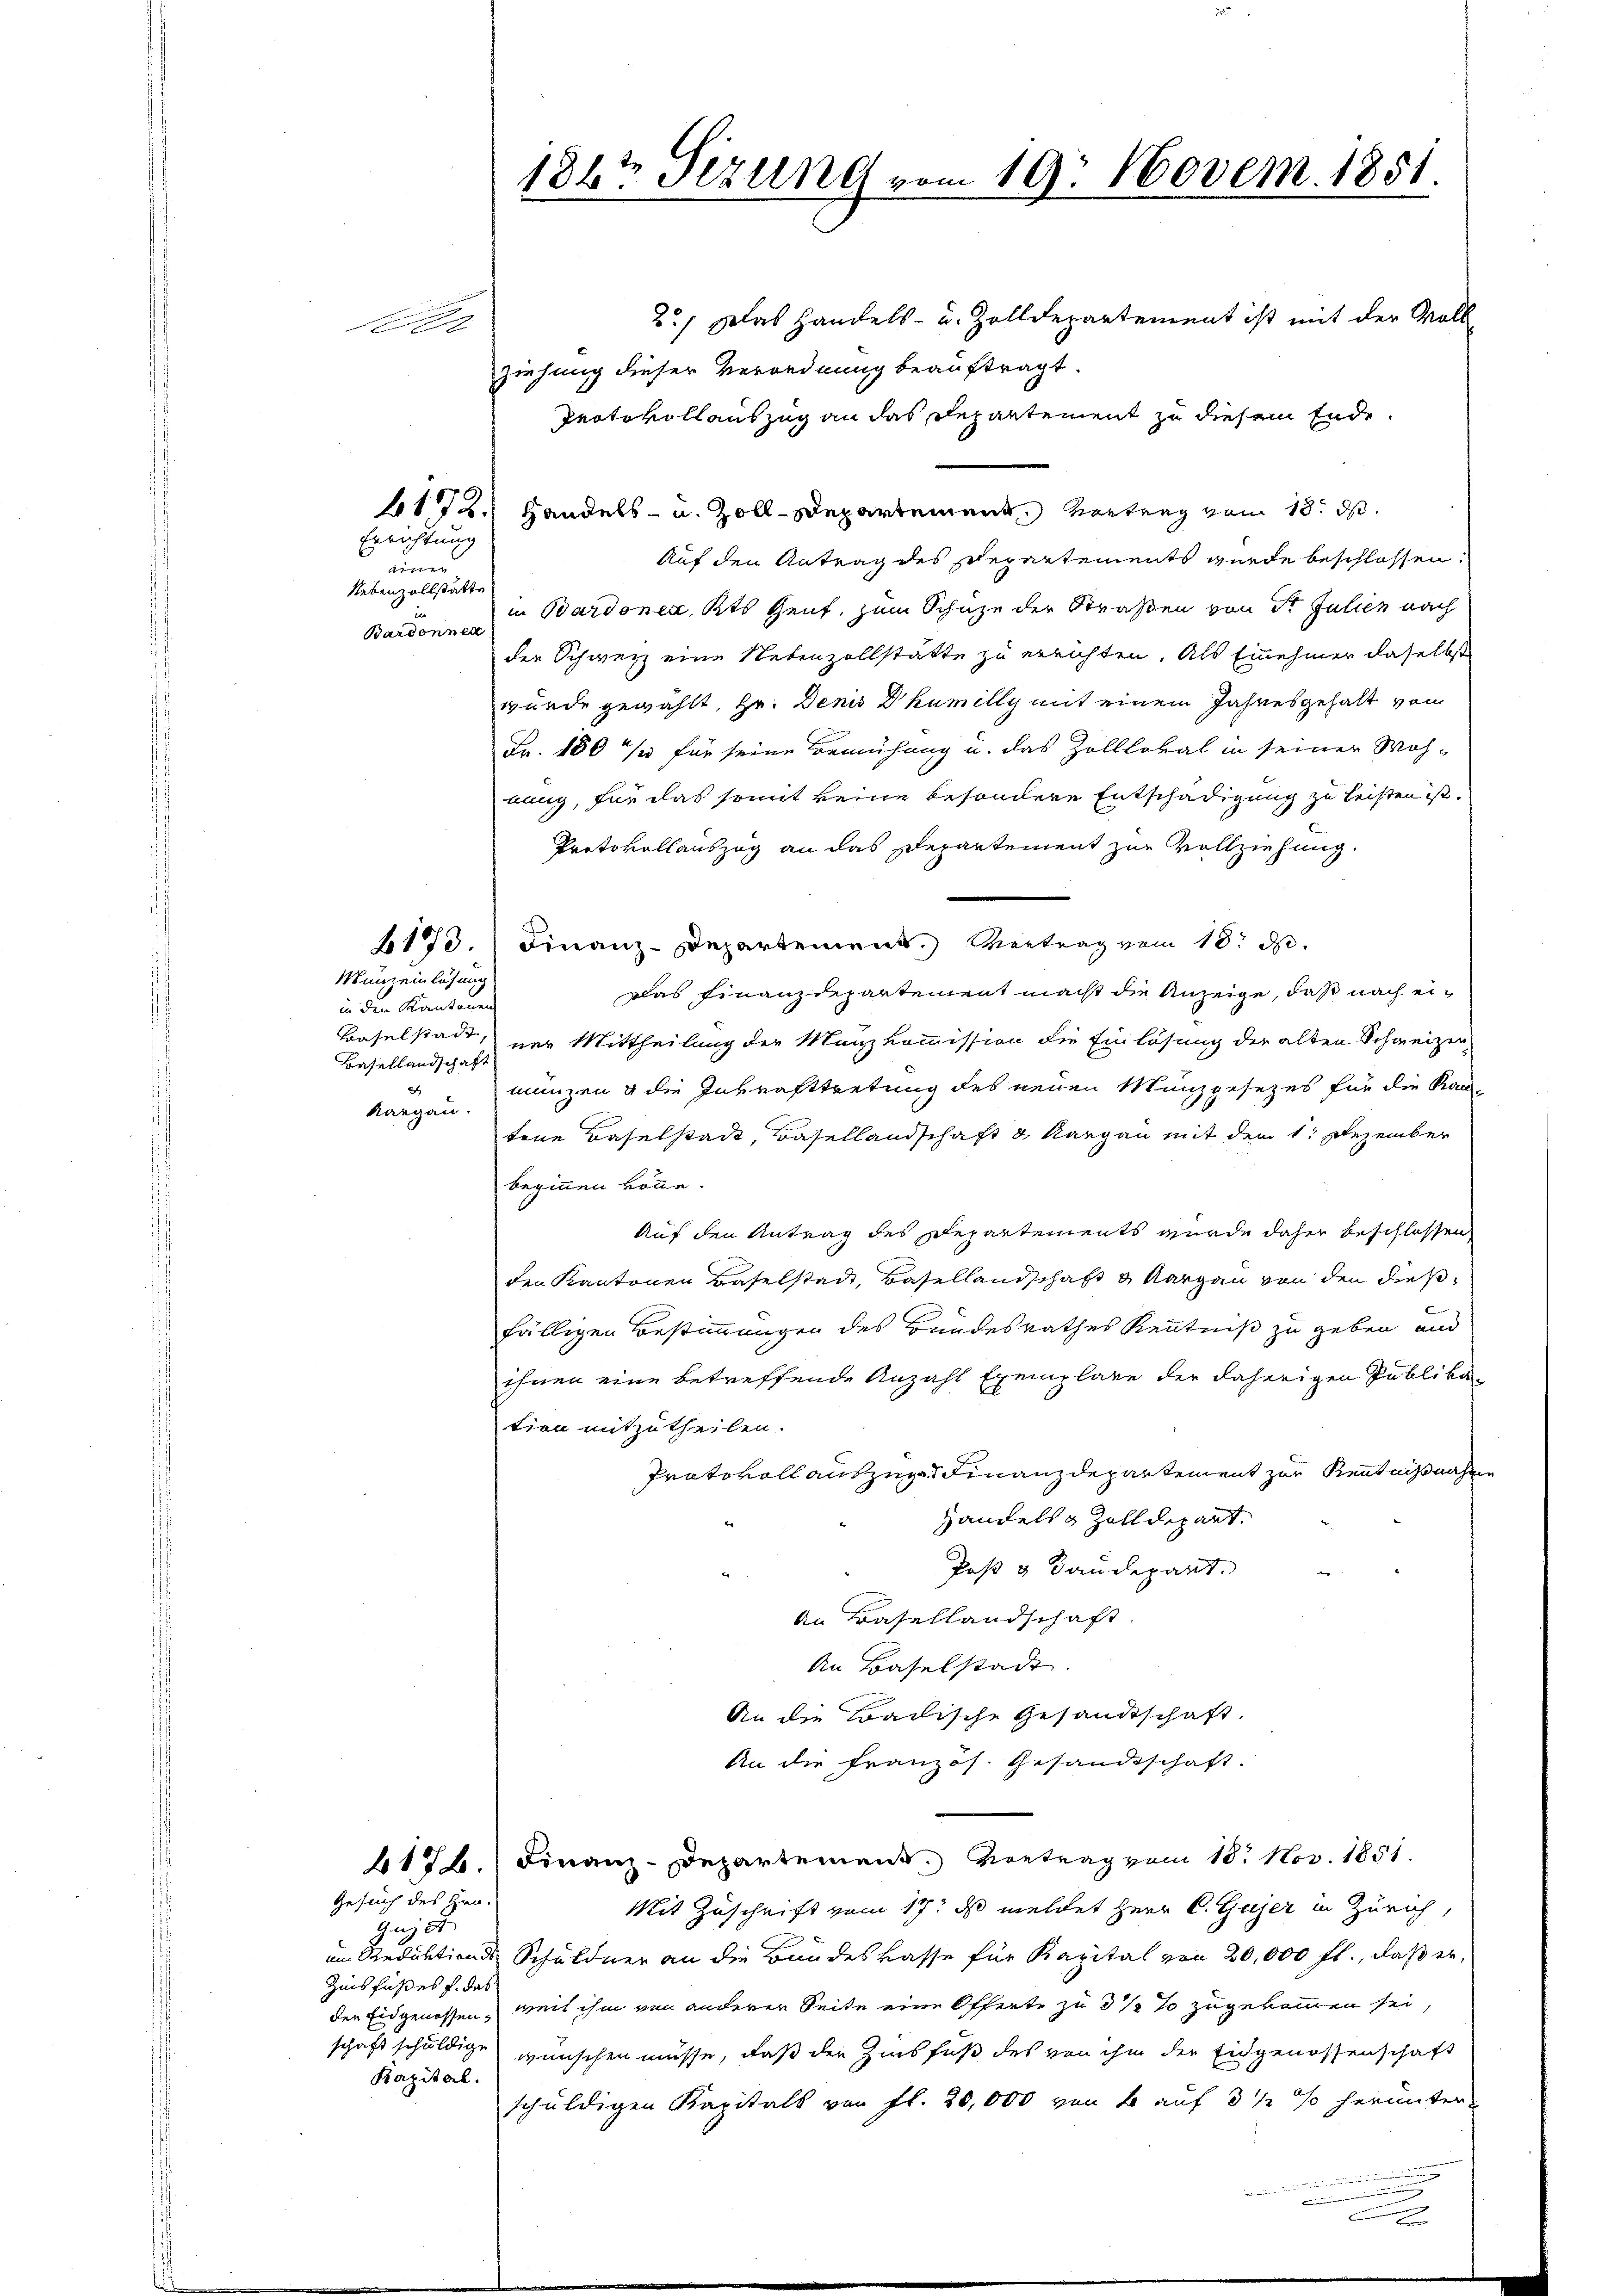
2.) Das Handels- u. Zolldepartement ist mit der Vollziehung dieser Verordnung beauftragt.
Protokollauszug an das Departement zu diesem Ende
617.) Handels- u. Zoll-Departement Vertrag vom 18. ds.
Auf den Antrag des Repartements wurde beschlossen.
in Bardonen, Kts Gent, zum Schüze der Straßen von St. Julien nach
der Schweiz eine Nebenzollstätte zu errichten. Als Einehmer daselbst
würde gewählt, Hr. Denis D humilly mit einem Jahresgehalt von
Fr. 180 1/2 für seine Bemühung u. das Zolllokal in seiner Woh-
bung, für das somit keine besondere Entschädigung zu leisten ist.
Protokollauszug an das Departement zur Vollziehung.
1173.) Finanz-Departement. Vertrag vom 18. d.
Das Finanzdepartement macht die Anzeige, daß nach ei¬
Baselstadt, nur Mittheilung der Manzkommission die Einlösung der alten Schweizermunzen & die Inkrafttretung des neuen Manzgesetzes für die Kantene Baselstadt, Basellandschaft & Aargau mit dem 1. Dezember
beginnen könne.
Auf den Antrag des Departements wurde daher beschlossen
den Kantonen Baselstadt, Basellandschaft u Margau von den dies
fälligen Bestimmungen des Bundesrathes Kenntniß zu geben und
ihnen eine betreffende Anzahl Exemplare der daherigen Publika-
tion mitzutheilen.
Protokoll auszug Finanzdepartement zur Kenntnißnahme
Handels & Zolldepart.
Post & Baudepart.
An Basellandschaft
An Baselstadt.
An die Badische Gesandtschaft.
An die Französ. Gesandtschaft.
417.) Finanz-Departement. Vortrag vom 18. Nov. 1851.
Gesuch des Hrn.
Mit Zuschrift vom 17. ds meldet Herr C. Gujer in Zürich,
Gazet
im Redaktions Schuldner an die Bundeskasse für Kapital von 20,000 fl., daß er,
Zinsfußes f. das
der Eidgenossen, weil ihm von anderer Seite eine Offerte zu 3 ½ so zugekommen sei,
schaft schuldige wünschen müsse, daß der Zinsfuß des von ihm der Eidgenossenschaft
Kapital.
schuldigen Kapitals von fl. 20,000 von 4 auf 3 1/2 % herunter-
 M, die werd

e

Nebenzollstatte
Bardonner

Errichtung
einen

Muneinlösung
in den Kantonen
Basellandschaft
2
Aargau.

1867 Sizung vom 19. Novem. 1851.

.